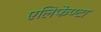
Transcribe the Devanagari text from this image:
एलिफेण्टा